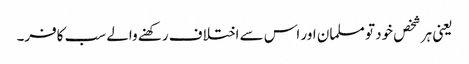
یعنی ہر شخص خود تو مسلمان اور اس سے اختلاف رکھنے والے سب کافر۔